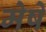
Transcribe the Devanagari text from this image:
मेषे